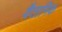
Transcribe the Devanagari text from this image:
वैतानिक